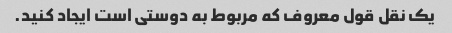
یک نقل قول معروف که مربوط به دوستی است ایجاد کنید.